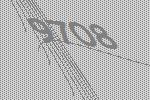
9708